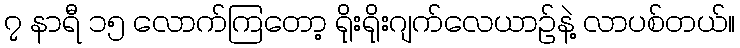
၇ နာရီ ၁၅ လောက်ကြတော့ ရိုးရိုးဂျက်လေယာဉ်နဲ့ လာပစ်တယ်။